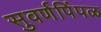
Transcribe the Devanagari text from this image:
सुवर्णपिंपळ